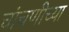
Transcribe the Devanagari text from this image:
चांचणीच्या